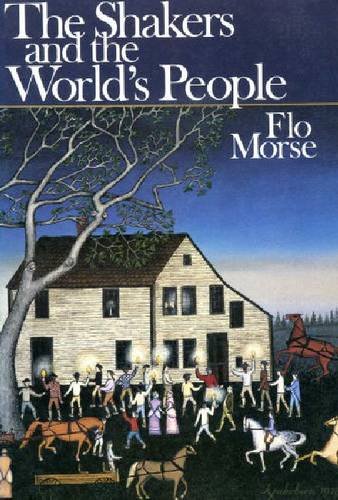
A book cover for The Shakers and the World's People; Flo Morse; Christian Books & Bibles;